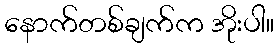
နောက်တစ်ချက်က အိုးပါ။